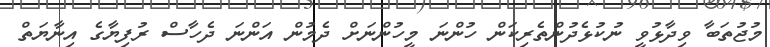
މުޖުތަބާ ވިދާޅުވީ ނުކުޅެދުންތެރިކަން ހުންނަ މީހުންނަށް ދެމުން އަންނަ ދެހާސް ރުފިޔާގެ އިނާޔަތް